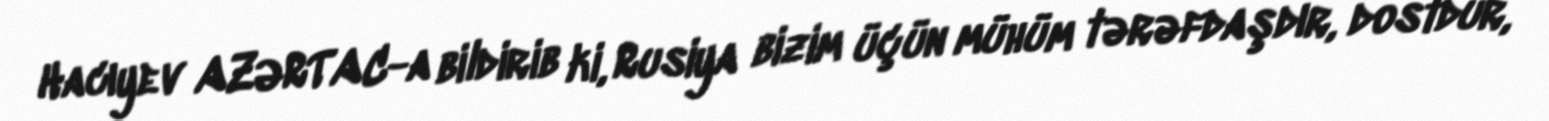
Hacıyev AZƏRTAC-a bildirib ki, Rusiya bizim üçün mühüm tərəfdaşdır, dostdur,